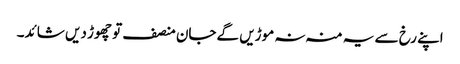
اپنے رخ سے یہ منہ نہ موڑیں گےجان منصف تو چھوڑ دیں شائد۔